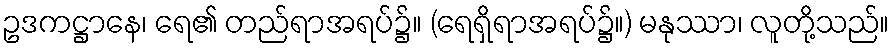
ဥဒကဋ္ဌာနေ၊ ရေ၏ တည်ရာအရပ်၌။ (ရေရှိရာအရပ်၌။) မနုဿာ၊ လူတို့သည်။